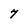
Character: 7